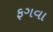
ફગવા